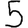
Digit: 5